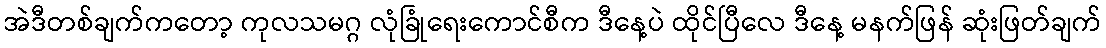
အဲဒီတစ်ချက်ကတော့ ကုလသမဂ္ဂ လုံခြုံရေးကောင်စီက ဒီနေ့ပဲ ထိုင်ပြီလေ ဒီနေ့ မနက်ဖြန် ဆုံးဖြတ်ချက်